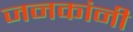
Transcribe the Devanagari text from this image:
जनकांनी